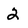
Character: 2